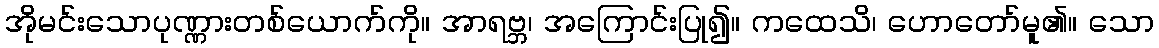
အိုမင်းသောပုဏ္ဏားတစ်ယောက်ကို။ အာရဗ္ဘ၊ အကြောင်းပြု၍။ ကထေသိ၊ ဟောတော်မူ၏။ သော